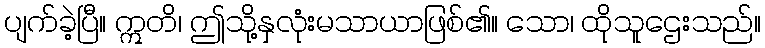
ပျက်ခဲ့ပြီ။ ဣတိ၊ ဤသို့နှလုံးမသာယာဖြစ်၏။ သော၊ ထိုသူဌေးသည်။